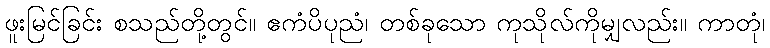
ဖူးမြင်ခြင်း စသည်တို့တွင်။ ဧကံပိပုညံ၊ တစ်ခုသော ကုသိုလ်ကိုမျှလည်း။ ကာတုံ၊